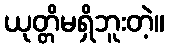
ယုတ္တိမရှိဘူးတဲ့။